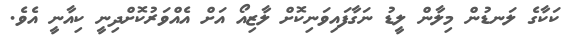
ކަކާގެ ލަނޑުން މިލާން ލީޑު ނަގާފައިވަނިކޮށް ލާޒިއޯ އަށް އެއްވަރުކޮށްދިނީ ކިއާނީ އެވެ.